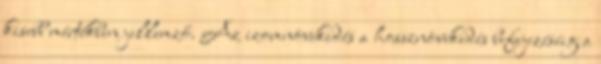
kisebb mértékben jellemző. Az izomnövekedés a hossznövekedés befejezéséig a